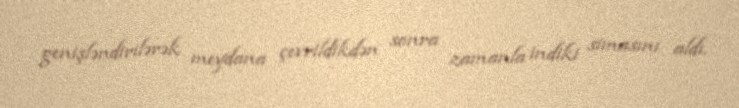
genişləndirilərək meydana çevrildikdən sonra zamanla indiki simasını aldı.